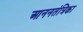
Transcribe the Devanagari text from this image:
आननतंत्रिका